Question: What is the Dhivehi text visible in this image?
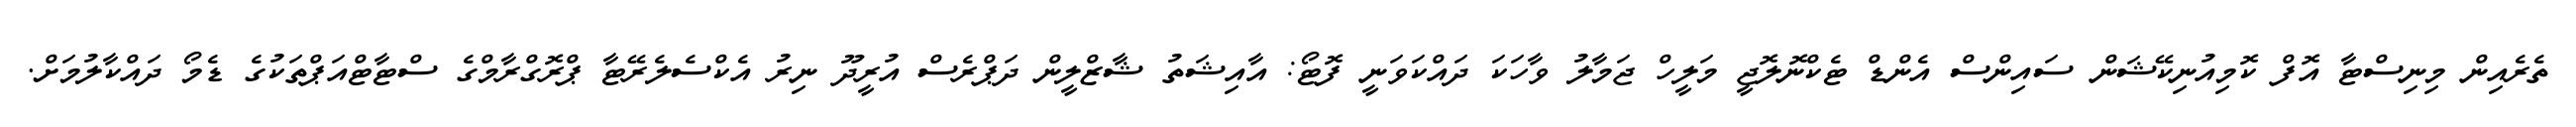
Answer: ތެރެއިން މިނިސްޓާ އޮފް ކޮމިއުނިކޭޝަން ސައިންސް އެންޑް ޓެކްނޮލޮޖީ މަލީހް ޖަމާލު ވާހަކަ ދައްކަވަނީ ފޮޓޯ: އާއިޝަތު ޝާޒްލީން ދަޕްރެސް އުރީދޫ ނިރު އެކްސެލެރޭޓާ ޕްރޮގްރާމްގެ ސްޓާޓްއަޕްތަކުގެ ޑެމޯ ދައްކާލުމަށް.